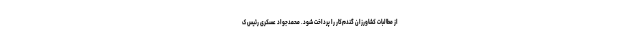
از مطالبات کشاورزان گندم‌کار را پرداخت شود. محمدجواد عسکری رئیس ک